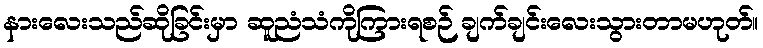
နားလေးသည်ဆိုခြင်းမှာ ဆူညံသံကိုကြားရစဉ် ချက်ချင်းလေးသွားတာမဟုတ်။